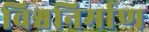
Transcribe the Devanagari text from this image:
विश्वनिर्माण